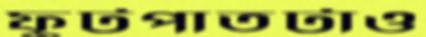
ফুটপাতটাও